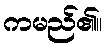
ကမည်၏။